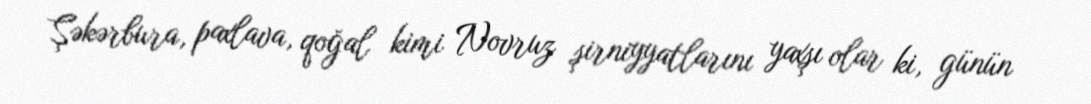
Şəkərbura, paxlava, qoğal kimi Novruz şirniyyatlarını yaxşı olar ki, günün